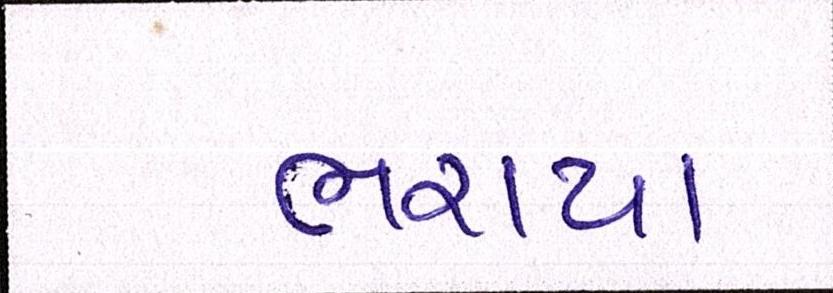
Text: ભરાયા